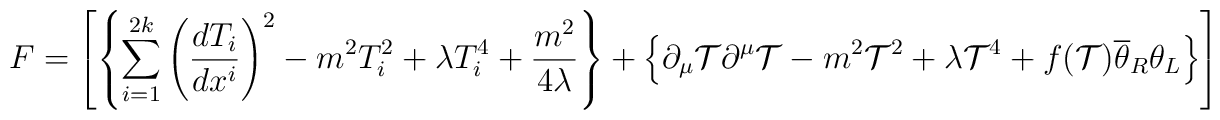
F=\left[ \left\{\sum_{i=1}^{2k}\left(\frac{dT_i}{dx^i}\right)^2-m^2T^2_i+\lambda T_i^4+\frac{m^2}{4\lambda}\right\}+\left\{\partial_{\mu}\mathcal{T}\partial^{\mu}\mathcal{T}-m^2\mathcal{T}^2+\lambda\mathcal{T}^4 +f(\mathcal{T})\overline{\theta}_R\theta_L\right\}\right]